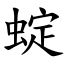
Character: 蝊